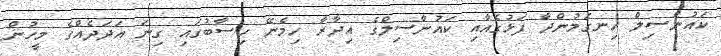
ކައުންސިލް ހިނގަމުންދާ ފަޅުގެއާއި ކައުންސިލްގެ އިދާރާ ހިމެނޭ ހިސާބުގައި ގިނަ އަދަދެއްގެ މީހުން